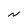
Character: N